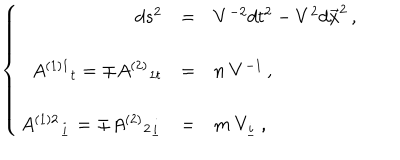
LaTeX: \left\{ \begin{array} { r c l } { { d s ^ { 2 } } } & { { = } } & { { V ^ { - 2 } d t ^ { 2 } - V ^ { 2 } d \vec { x } ^ { 2 } \, , } } \\ { { } } & { { } } & { { } } \\ { { A ^ { ( 1 ) 1 } { } _ { t } = \mp A ^ { ( 2 ) } { } _ { 1 t } } } & { { = } } & { { n \ V ^ { - 1 } \, , } } \\ { { } } & { { } } & { { } } \\ { { A ^ { ( 1 ) 2 } { } _ { \underline { { { i } } } } = \mp A ^ { ( 2 ) } { } _ { 2 \underline { { { i } } } } } } & { { = } } & { { m \ V _ { \underline { { { i } } } } \, , } } \\ \end{array} \right.